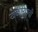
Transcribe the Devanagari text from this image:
खकाऱ्याची